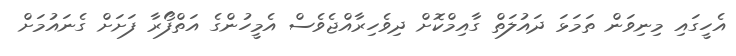
އެހީގައި މިނިވަން ތަމަޅަ ދައުލަތް ގާއިމްކޮށް ދިވެހިރާއްޖެވެސް އެމީހުންގެ އަތްފޯރާ ފަށަށް ގެނައުމަށް